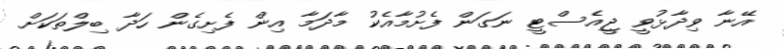
އޭނާ ވިދާޅުވީ ޖީއެސްޓީ ނަގަން ފެށުމާއެކު މާދަމާ އިން ފެށިގެން ހަދާ ބިލްތަކަށް